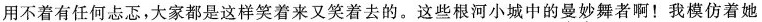
用不着有任何忐忑，大家都是这样笑着来又笑着去的。这些根河小城中的曼妙舞者啊！我模仿着她